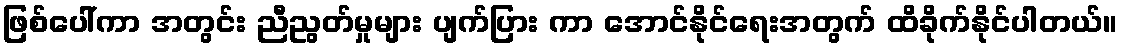
ဖြစ်ပေါ်ကာ အတွင်း ညီညွတ်မှုများ ပျက်ပြား ကာ အောင်နိုင်ရေးအတွက် ထိခိုက်နိုင်ပါတယ်။